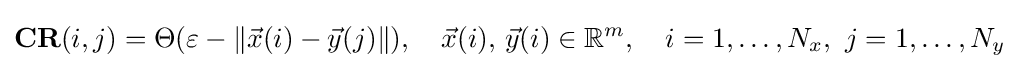
\mathbf {CR} (i,j)=\Theta (\varepsilon -\|{\vec {x}}(i)-{\vec {y}}(j)\|),\quad {\vec {x}}(i),\,{\vec {y}}(i)\in \mathbb {R} ^{m},\quad i=1,\dots ,N_{x},\ j=1,\dots ,N_{y}